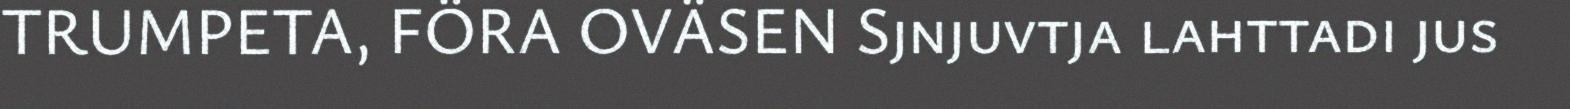
TRUMPETA, FÖRA OVÄSEN Sjnjuvtja lahttadi jus